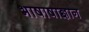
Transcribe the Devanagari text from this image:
भाषाषाज्ञान